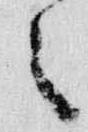
々